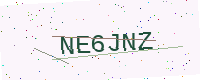
Text: NE6JNZ